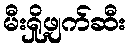
မီးရှို့ဖျက်ဆီး